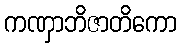
ကဏှာဘိဇာတိကော